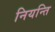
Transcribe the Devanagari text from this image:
नियन्ति